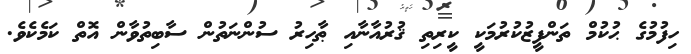
ހިފުމުގެ ޙުކުމް ތަންފީޒުކުރުމަކީ ކީރިތި ޤުރުއާނާއި ޠާހިރު ސުންނަތުން ސާބިތުވާން އޮތް ކަމެކެވެ.